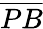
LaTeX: \overline{{PB}}